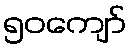
၅၀ကျော်